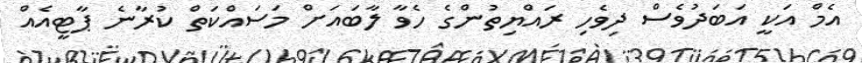
އެމް އަކީ އަބަދުވެސް ދިވެހި ރައްޔިތުންގެ ހެވާ ލާބައަށް މަސައްކަތް ކުރާނެ ޕާޓީއެއް